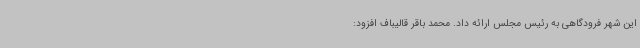
این شهر فرودگاهی به رئیس مجلس ارائه داد. محمد باقر قالیباف افزود: